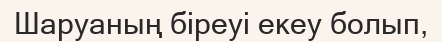
Шаруаның біреуі екеу болып,